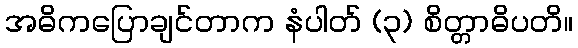
အဓိကပြောချင်တာက နံပါတ် (၃) စိတ္တာဓိပတိ။